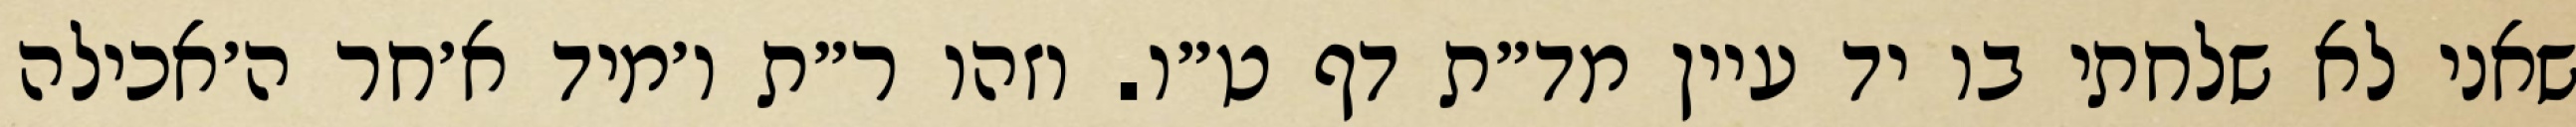
שאני לא שלחתי בו יד עיין מד״ת דף ט״ו. וזהו ר״ת ו׳מיד א׳חר ה׳אכילה